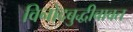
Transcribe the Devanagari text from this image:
विनोदबुद्धीबाबत